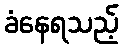
ခံနေရသည့်